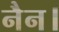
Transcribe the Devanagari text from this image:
नैन।